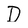
Character: D